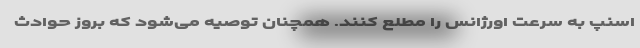
اسنپ به سرعت اورژانس را مطلع کنند. همچنان توصیه می‌شود که بروز حوادث